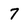
Character: 7